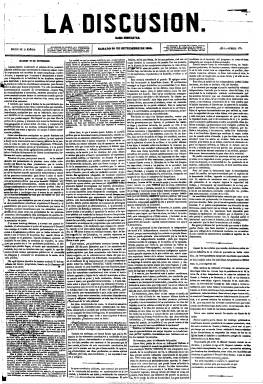
Título: La Discusión (Madrid. 1856)
Colección: Periódicos
Ámbito geográfico: Madrid
Lugar de publicación: Madrid
Fechas: 20/09/1856-11/11/1887

Periódico fundado y dirigido en sus primeros años por el célebre jurisconsulto y político Nicolás María Rivero (1814-1878), quien desde 1851 venía presidiendo el Partido Democrático, fundando en 1848 de una escisión del Partido Progresista. Al mismo se integrarán como redactores, colaboradores y articulistas los principales intelectuales, políticos y periodistas de la primera generación de demócratas y republicanos españoles. Aparece  con el subtítulo “diario democrático”, que mantendrá prácticamente inalterable a lo largo de su existencia, el dos de marzo de 1856, tendiendo un puente entre la izquierda del antiguo partido progresista y el demócrata recién legalizado durante el bienio.

Sus primeras polémicas serán contra el jacobinismo de La soberanía nacional, que dos años antes había fundado el fuorierista Sixto Cámara (1825-1859). Sin renunciar al programa antidinástico del partido de 1849 no hará cuestión fundamental la forma de gobierno, y gracias a la moderación y habilidad de Rivero, a su postura transigente y contemporizadora, sobrevive al golpe contrarrevolucionario de 1856.

Se sumarán a sus páginas Emilio Castelar, Estanislao Figueras, Cristino Martos, José María Orense, José Calderón y Llanes, Nemesio Fernández Cuesta, Eusebio Blasco, Juan Pablo Nogués, Pedro Antonio de Alarcón, Manuel Zorrilla, Eduardo Chao, Vicente Romero Girón, Manuel del Palacio, Ramón Chíes, Marcos Zapata, Francisco Díaz Quintero, Carolina Coronado, Francisco Flores García, Roberto Robert, entre otros muchos.

Tras entrar Francisco Pi y Margall en su redacción en julio de 1857, polemizará con El pueblo, el periódico que en 1860 funda Eugenio García Rico y que más tarde dirigirá Manuel Gómez Marín, como portavoz de los escindidos republicanos unitarios. Cuando Pi releve a Rivero en la dirección el uno de abril de 1864,  será portavoz del ala socialista y federal del partido, que se enfrentará a la individualista que representa La democracia que ese mismo año funda Emilio Castelar.

Al final del reinado isabelino, el antiguo secretario de Sixto Cámara, Bernardo García se hará cargo de la propiedad y dirección del diario, hasta que el 21 de junio de 1866 publica su último número de su primera época, al ser suspendido como los demás títulos demócratas y republicanos como consecuencia de la sublevación del Cuartel de San Gil.

Con ediciones de mañana y tarde y de provincias y la publicación de algunos suplementos esporádicos, y no apareciendo los lunes, La discusión se había convertido en el primer periódico de referencia nacional, con gran circulación y prestigio. De gran formato, pasó de ser compuesto a cuatro columnas a cinco repletas de textos diminutos. Estructurado en secciones, incluía el editorial diario y los artículos de fondo de carácter político y doctrinal, revista de prensa, crónica parlamentaria, noticias del extranjero y de provincias, que serán elaboradas a partir de despachos telegráficos, folletín con novelas de corte histórico y político, gacetilla de la capital, cotizaciones de las bolsas, observaciones meteorológicas, noticias de alcance, espectáculos y, al final, una abundante y vistosa publicidad comercial. Llegará a tener imprenta propia y empresa editorial.

Tras el triunfo de la septembrina, reaparece el seis de octubre de 1868, iniciando su segunda época, en un momento en que los demócratas se dividirán entre los denominados “cimbrios” o filoprogresistas, que se agruparán en el Partido Radical (Nicolás María Rivero, Cristino Martos, Manuel Becerra, etc.) desde el que alcanzarán las altas magistraturas del primer Estado democrático español, y los republicanos y federalistas.

Como periódico republicano sin más, La discusión ejercerá una gran influencia durante el sexenio. A su cabecera sumará los lemas “No más tiranos” y “Soberanía del pueblo”, que pronto cambia por “No más reyes” y “Viva la República”, que por orden gubernamental serán quitados a partir del siete de octubre de 1869, para reaparecer de nuevo estampados después. En noviembre de 1870 forma parte de la pléyade de periódicos antiamadeistas madrileños, que suman casi una treintena, y durante la segunda Asamblea Federal de 1871 será el más destacado baluarte del republicanismo benévolo, frente al intransigente representado por La igualdad. Protestará contra el golpe de Pavía de enero de 1874, y aunque se sume a las tesis de Emilio Castelar, este fundará su propio órgano: El orden. Con el golpe restaurador del general Arsenio Martínez Campos en Sagunto, La discusión publicará el último número de su segunda época el 30 de diciembre de 1874. Iniciará la tercera a partir del 14 de junio de 1879, como “diario democrático de la tarde” y, después de la mañana, no apareciendo los lunes, plenamente adscrito al republicanismo federal y bajo la misma propiedad y dirección de Bernardo García, hasta que publique su último número el 11 de noviembre de 1887, habiendo mantenido cierta irregularidad en su aparición en sus últimos meses de vida.

[Descripción modificada el 16/8/2022]